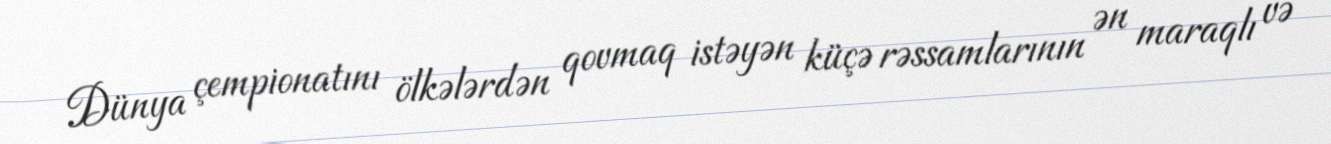
Dünya çempionatını ölkələrdən qovmaq istəyən küçə rəssamlarının ən maraqlı və